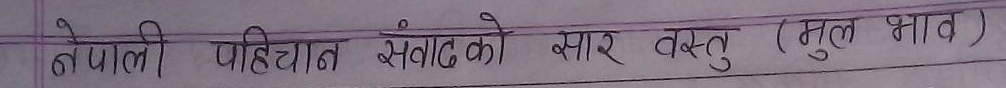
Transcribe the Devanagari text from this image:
नेपाली पहिचान संवादको सार वस्तु (मुल भाव)